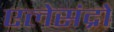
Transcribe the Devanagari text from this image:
एलेसंद्रो